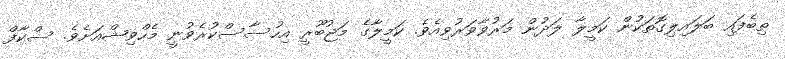
ތިބެފައި ބަލައިލިގޮތަކުން ކަމީލާ ލަދުން މަރުވާވަރުވިއެވެ. ކަމީލާގެ މަޖުބޫރީ އިހުސާސްކުރެވުނީ މެހްވިޝްއަށެވެ. ސްކާފް